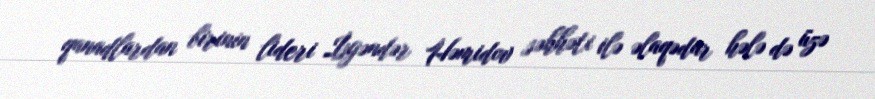
qanadlardan birinin lideri İsgəndər Həmidov səhhəti ilə əlaqədar hələ də üzə